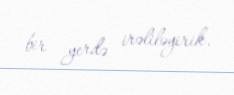
bir yerdə irəliləyirik.